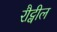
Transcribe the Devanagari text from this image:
रौट्वील